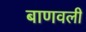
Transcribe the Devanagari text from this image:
बाणवली